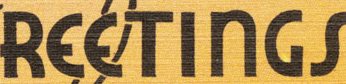
REETInGS